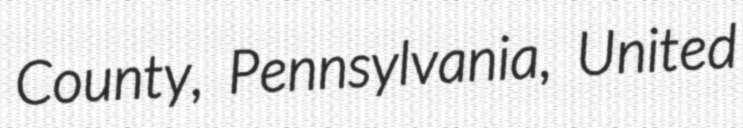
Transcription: County, Pennsylvania, United